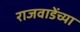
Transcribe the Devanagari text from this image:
राजवाडेंच्या